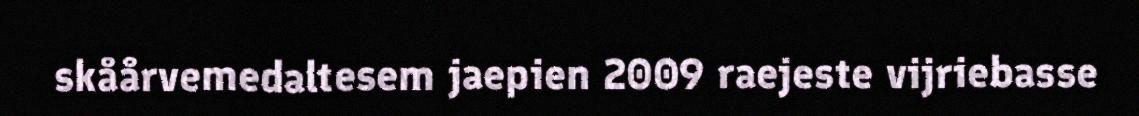
skåårvemedaltesem jaepien 2009 raejeste vijriebasse